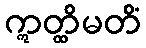
ဣတ္ထိမတိံ